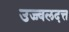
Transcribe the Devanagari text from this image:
उज्ज्वलदत्त